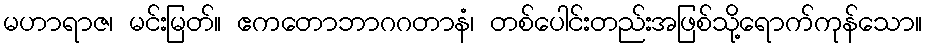
မဟာရာဇ၊ မင်းမြတ်။ ဧကတောဘာဂဂတာနံ၊ တစ်ပေါင်းတည်းအဖြစ်သို့ရောက်ကုန်သော။